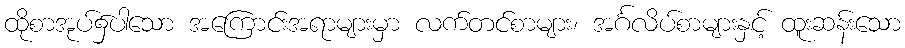
ထိုစာအုပ်၌ပါသော အကြောင်းအရာများမှာ လက်တင်စာများ၊ အင်္ဂလိပ်စာများနှင့် ထူးဆန်းသော